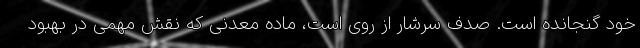
خود گنجانده است. صدف سرشار از روی است، ماده معدنی که نقش مهمی در بهبود